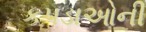
કપડાઓની